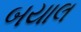
બયાલ